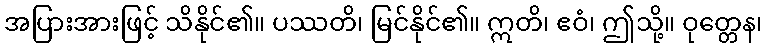
အပြားအားဖြင့် သိနိုင်၏။ ပဿတိ၊ မြင်နိုင်၏။ ဣတိ၊ ဧဝံ၊ ဤသို့။ ဝုတ္တေန၊